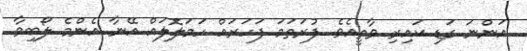
އަންނަ ގަޑި ކައިރި ވާތީއެވެ. ފުރަތަމަ ފަހަރައް ހަމަލޮލައް އޭނާ އެންމެ ލޯބިވާ